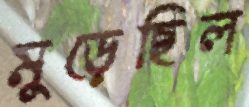
মুড়েছিল